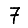
Digit: 7